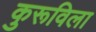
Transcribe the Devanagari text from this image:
कुरूविला